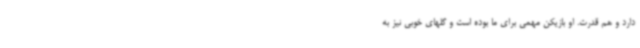
دارد و هم قدرت. او بازیکن مهمی برای ما بوده است و گلهای خوبی نیز به